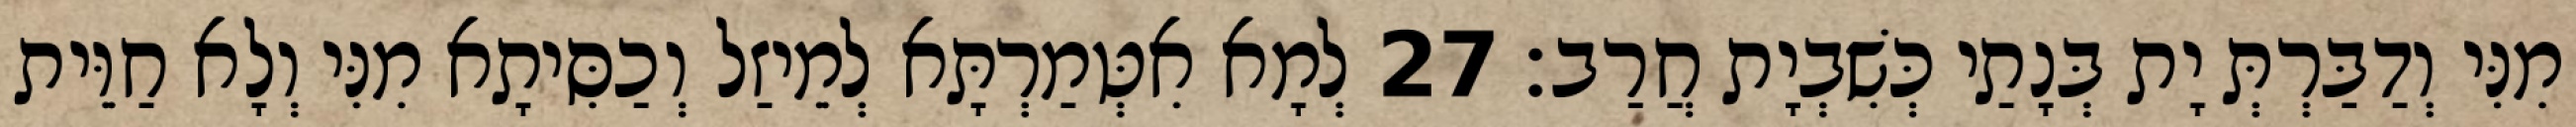
מִנִּי וְדַבַּרְתְּ יָת בְּנָתַי כְּשִׁבְיָת חֲרַב׃ 27 לְמָא אִטְּמַרְתָּא לְמֵיזַל וְכַסִּיתָא מִנִּי וְלָא חַוֵּית